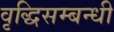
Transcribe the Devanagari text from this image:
वृद्धिसम्बन्धी